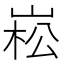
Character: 崧